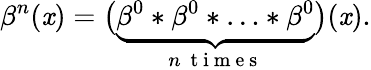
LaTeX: \beta^{n}(\mathit{x})=\big(\underbrace{{\beta^{0}*\beta^{0}*\ldots*\beta^{0}}}_{n\ \mathrm{{~t~i~m~e~s~}}}\big)(\mathit{x}).